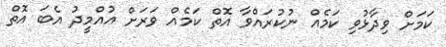
ކަމަށް ވިދާޅުވި ކަމެއް ނުކުރައްވާ އޮތް ކަމެއް ވަަރަށް އުއްމީދު އެބަ އޮތް